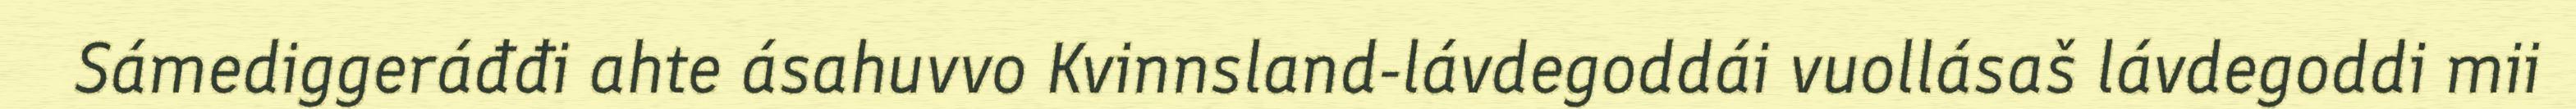
Sámediggeráđđi ahte ásahuvvo Kvinnsland-lávdegoddái vuollásaš lávdegoddi mii